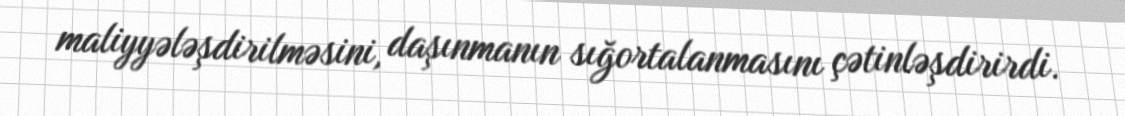
maliyyələşdirilməsini, daşınmanın sığortalanmasını çətinləşdirirdi.